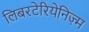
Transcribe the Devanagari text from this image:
लिबरटेरियेनिज़्म